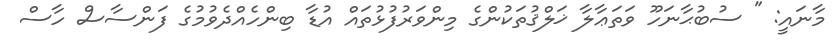
މާނައީ: " ސުބުޙާނަހޫ ވަތަޢާލާ ޚަލްޤުތަކުންގެ މިންވަރުފުޅުތައް އުޑާ ބިންހެއްދެވުމުގެ ފަންސާސް ހާސް